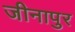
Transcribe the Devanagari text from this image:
जीनापुर